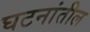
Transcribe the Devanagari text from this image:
घटनांतील